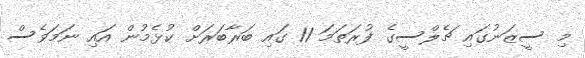
މި ސީޒަނުގައި ޗެލްސީގެ ފުރަތަމަ 11 ގައި ބަރާބަރަށް ކުޅެމުން އައި ނަމަވެސް